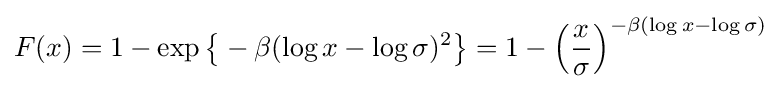
F(x)=1-\exp {\big \{}-\beta (\log x-\log \sigma )^{2}{\big \}}=1-\left({\frac {x}{\sigma }}\right)^{-\beta (\log x-\log \sigma )}